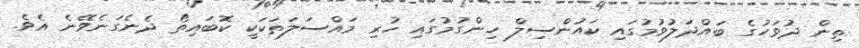
ތިން ދުވަހުގެ ބައްދަލުވުމުގައި ކައުންސިލް ހިންގުމުގައި ހުރި މައްސަލަތަކަކީ ކޮބައިތޯ ދެނެގަނެވޭނެ އެވެ.